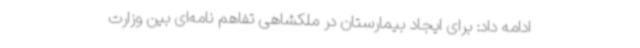
ادامه داد: برای ایجاد بیمارستان در ملکشاهی تفاهم نامه‌ای بین وزارت